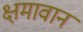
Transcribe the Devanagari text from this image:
क्षमावान